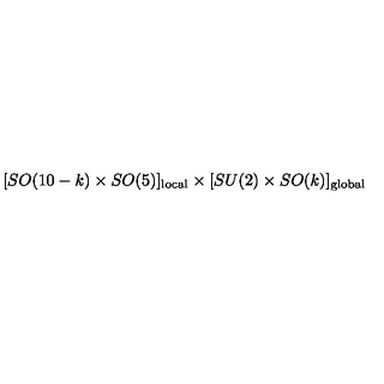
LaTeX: [ S O ( 1 0 - k ) \times S O ( 5 ) ] _ { \mathrm { l o c a l } } \times [ S U ( 2 ) \times S O ( k ) ] _ { \mathrm { g l o b a l } }